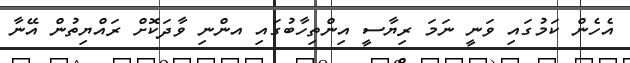
އެހެން ކަމުގައި ވަނީ ނަމަ ރިޔާސީ އިންތިހާބުގައި އންނި ވާދަކޮށް ރައްޔިތުން އޭނާ